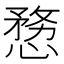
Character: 𭞤